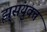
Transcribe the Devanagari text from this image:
झ्र्संयुक्त